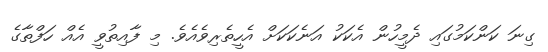
ގިނަ ކަންކަމުގައި ދެމީހުން އެކަކު އަނެކަކަށް އެހީތެރިވެއެވެ. މި ފާއިތުވީ އެއް ހަފްތާގެ